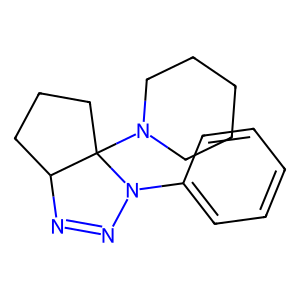
SMILES: c1ccc(N2N=NC3CCCC32N2CCCCC2)cc1
Inhibits HIV replication: No